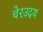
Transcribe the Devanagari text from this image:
चेरउदय